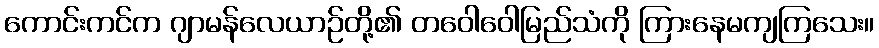
ကောင်းကင်က ဂျာမန်လေယာဉ်တို့၏ တဝေါဝေါမြည်သံကို ကြားနေမကျကြသေး။